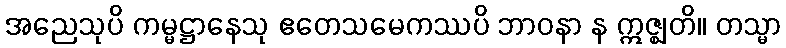
အညေသုပိ ကမ္မဋ္ဌာနေသု ဧတေသမေကဿပိ ဘာဝနာ န ဣဇ္ဈတိ။ တသ္မာ